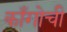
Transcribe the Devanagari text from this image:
काँगोची